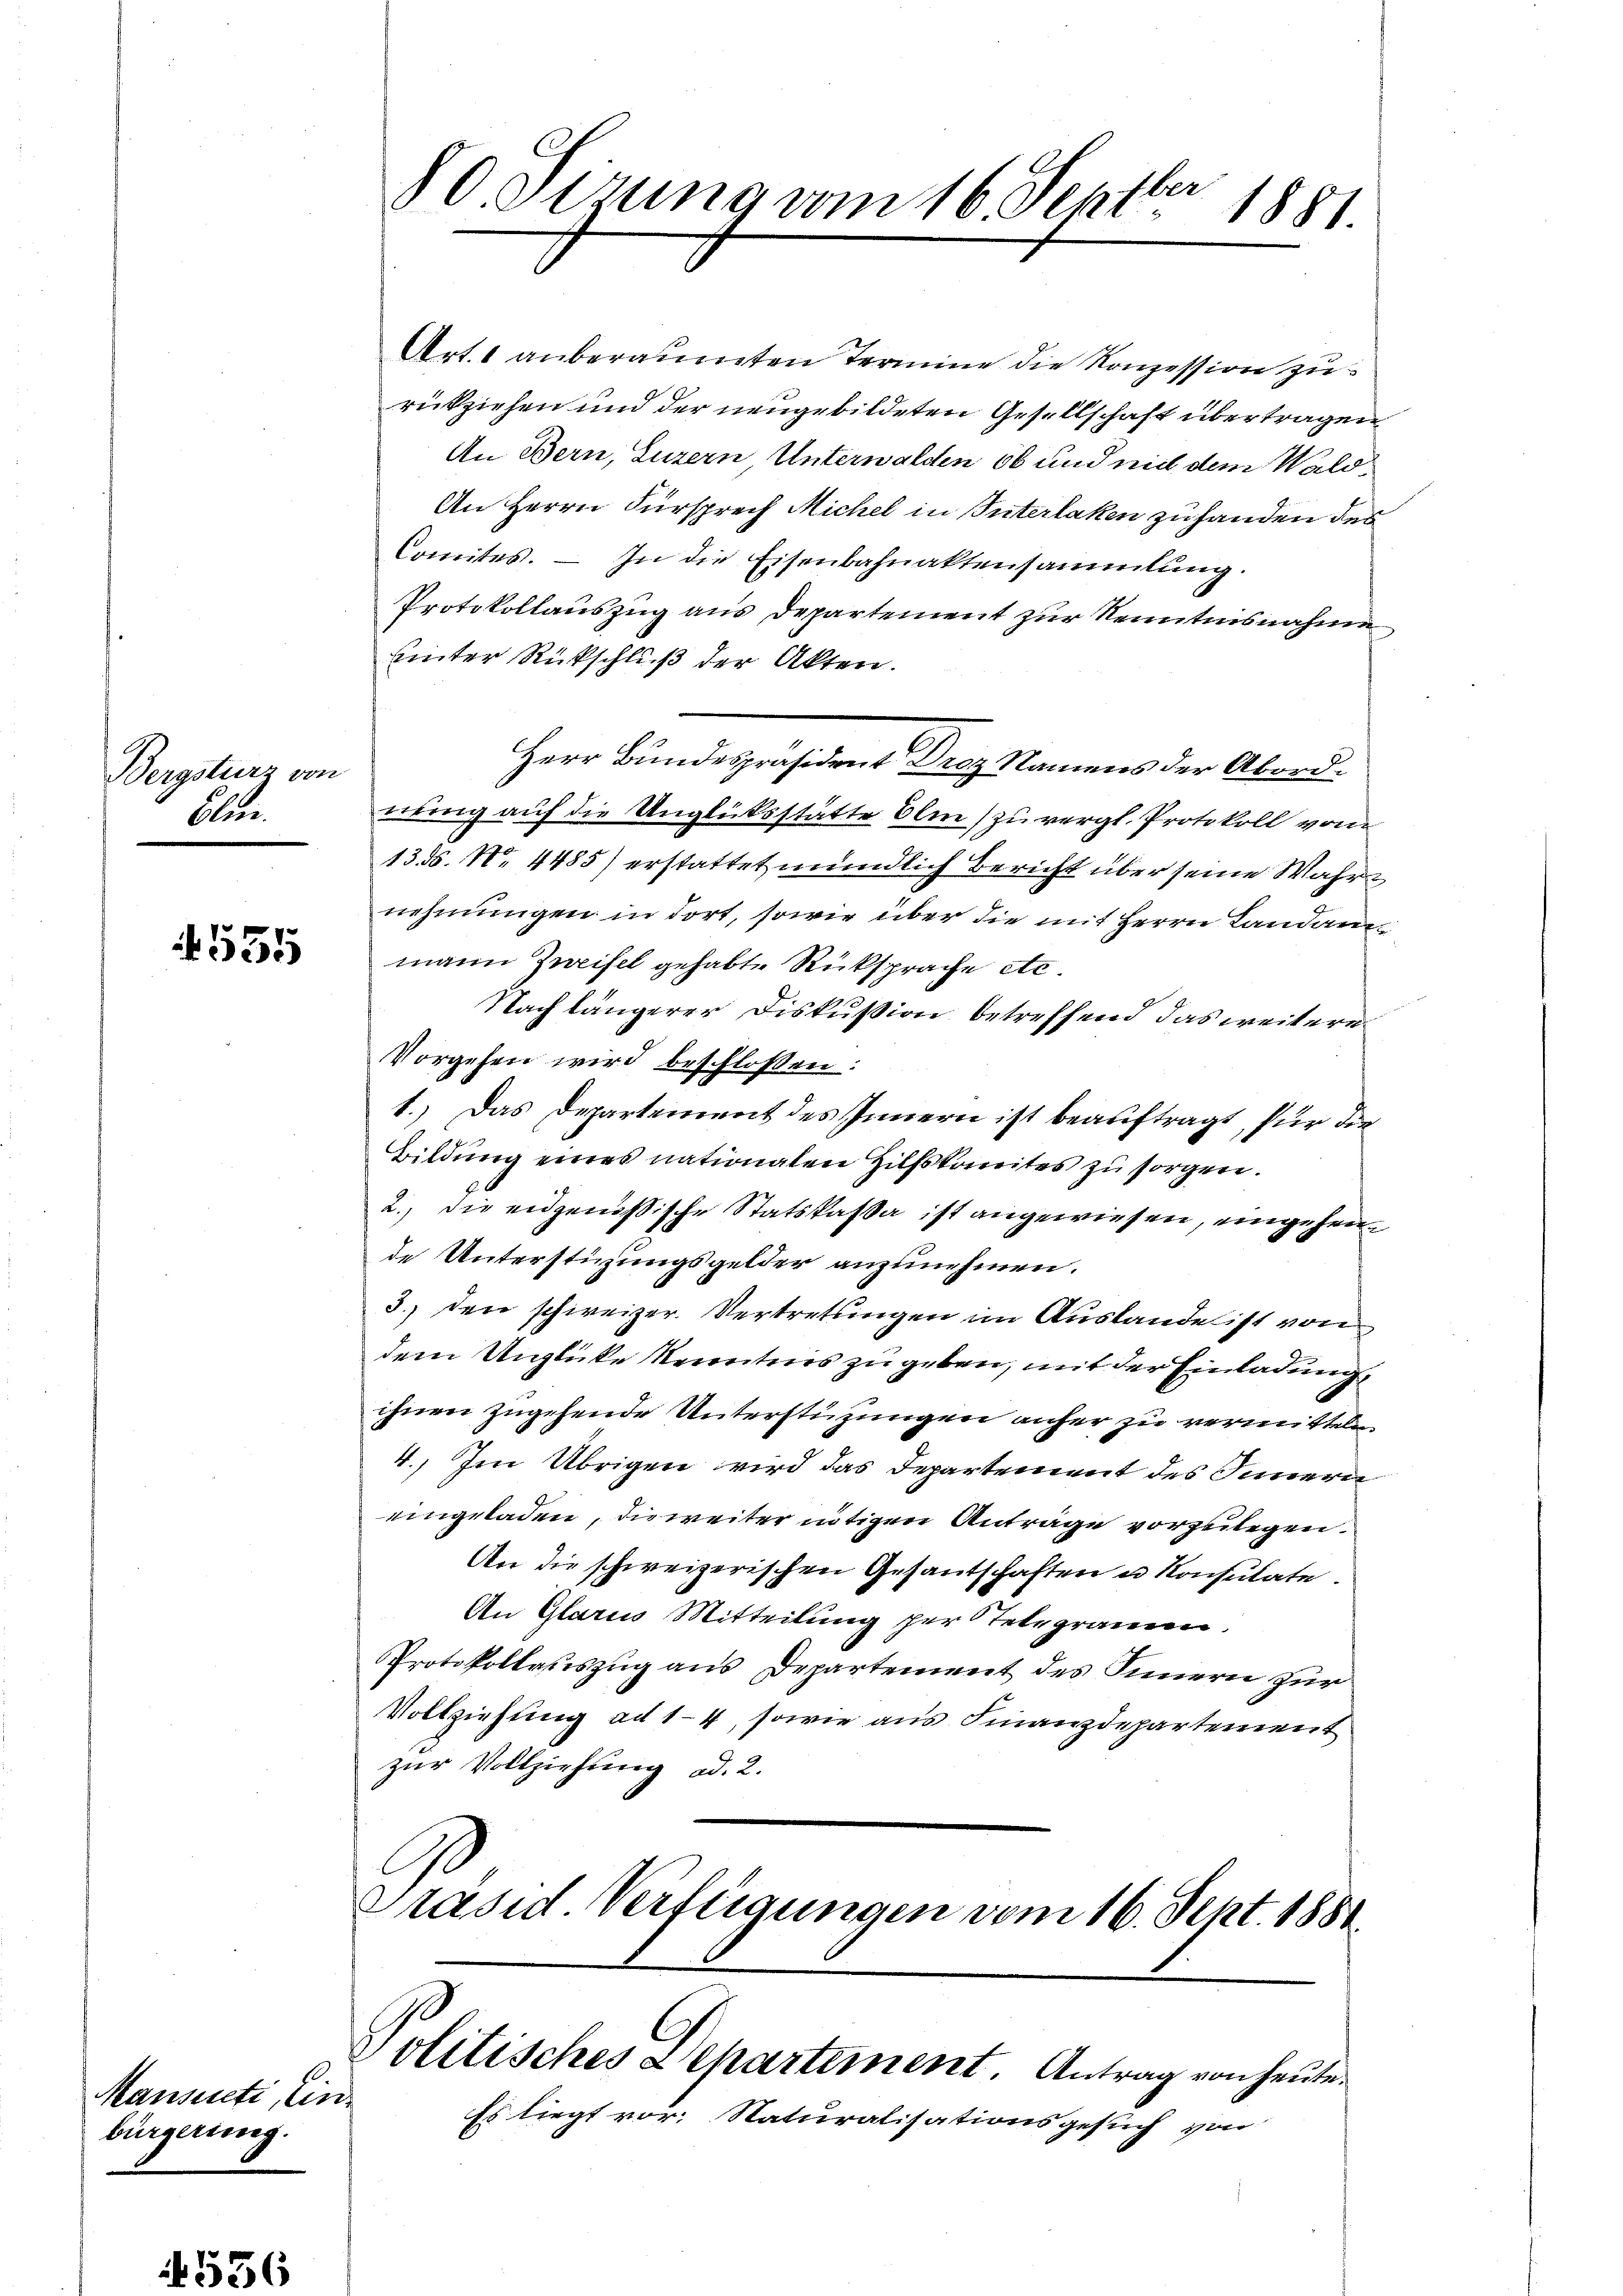
Bergsturz von
Art.

1 555

Mansenti, die
bürgerung.

80. Sizung vom 16. Septbr 1881

Art. 1 anberaumten Termine die Konzession zu
rückziehen und der neugebildeten Gesellschaft übertragen
An Bern, Luzern Unterwalden 66 und mit dem Wald¬
An Herrn Fürsprech Michel in Interlaken zu handen des
Comites. — In die Eisenbahnaktensammlung.
Protokollauszug aus Departement zur Kenntnisnahme
uinter Rückschluß der Akten.
Herr Bundespräsident Droz Namens der Abord.
nring auf die Unglücksstätte Olm) zu vergl. Protokoll vom
13. ds. No. 4485) erstattet mündlich Bericht über seine Wahr
nehmungen in dort, sowie über die mit Herrn Landammann Zweifel gehabte Rücksprache etc.
Nach längerer Diskußion betreffend das weitere
Vorgehen wird beschlossen:
1.) Das Departement des Innern ist beauftragt, für die
Bildung eines nationalen Hilfskomites zu sorgen.
2., die eidgenößische Statskassa ist angewiesen, eingeheimde Unterstüzungsgelder anzunehmen.
3. den schweizer. Vertretungen im Auslande ist von
dem Unglücke Kenntnis zu geben, mit der Einladung
ihnen zugehende Unterstützungen anher zu vermitteln.
4. Im Übrigen wird das Departement des Innern
eingeladen, die weiter nötigen Anträge vorzulegen.
An die schweizerischen Gesantschaften u Konsulate
An Glarus Mitteilung per Telegrammen.
Protokollauszug aus Departement des Innern zur
Vollziehung ad 14, sowie aus Finanzdepartement
zur Vollziehung ad. 2.
Präsid Verfügungen vom 16. Sept. 1881

olitisches Departement. Antrag von heute.

27
Es liegt vor. Naturalisationsgesuch von